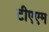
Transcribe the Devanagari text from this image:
टीएएम